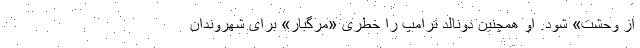
از وحشت» شود. او همچنین دونالد ترامپ را خطری «مرگبار» برای شهروندان